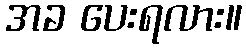
အခ ပေးရလား။